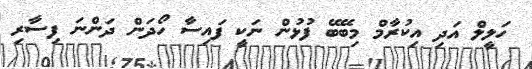
ހަލީލް އަދި އިކުރާމް މިބޭބޭ ފުޅުން ނަކީ ފައިސާ ހޯދަން ދަންނަ ފިސާރި